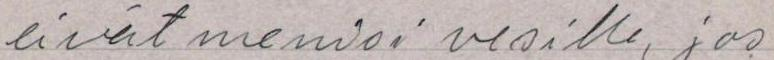
eivät menisi vesille, jos